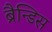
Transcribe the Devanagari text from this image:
ब्रैन्डिस